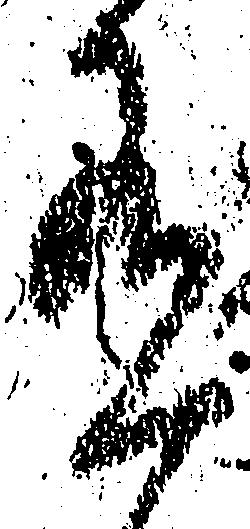
有